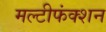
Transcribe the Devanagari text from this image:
मल्टीफंक्शन